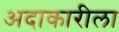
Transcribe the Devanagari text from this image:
अदाकारीला